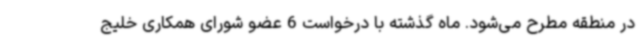
در منطقه مطرح می‌شود. ماه گذشته با درخواست 6 عضو شورای همکاری خلیج